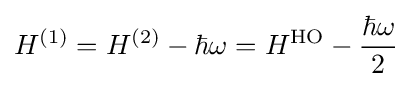
H^{(1)}=H^{(2)}-\hbar \omega =H^{\rm {HO}}-{\frac {\hbar \omega }{2}}